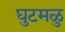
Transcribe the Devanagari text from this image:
घुटमळु